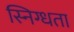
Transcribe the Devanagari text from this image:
स्निग्‍धता